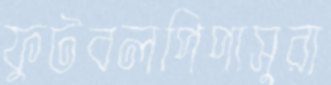
ফুটবলপিপাসুরা